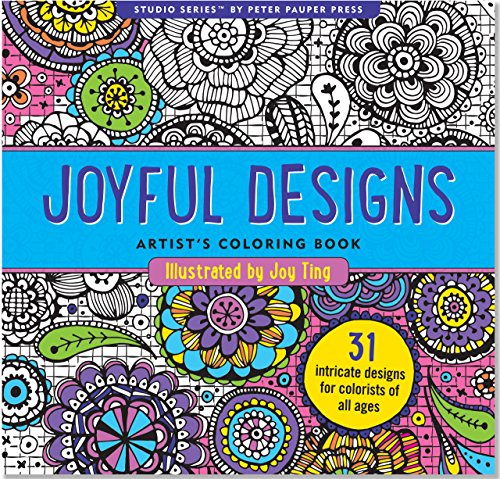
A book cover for Joyful Designs Adult Coloring Book (31 stress-relieving designs) (Studio); Joy Ting; Humor & Entertainment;